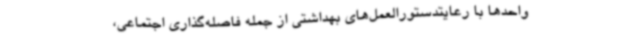
واحدها با رعایتدستورالعمل‌های بهداشتی از جمله فاصله‌گذاری اجتماعی،